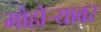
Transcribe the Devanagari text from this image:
मोहोऱ्यावर